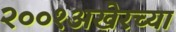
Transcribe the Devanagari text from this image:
२००१अखेरच्या